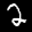
Label: 2